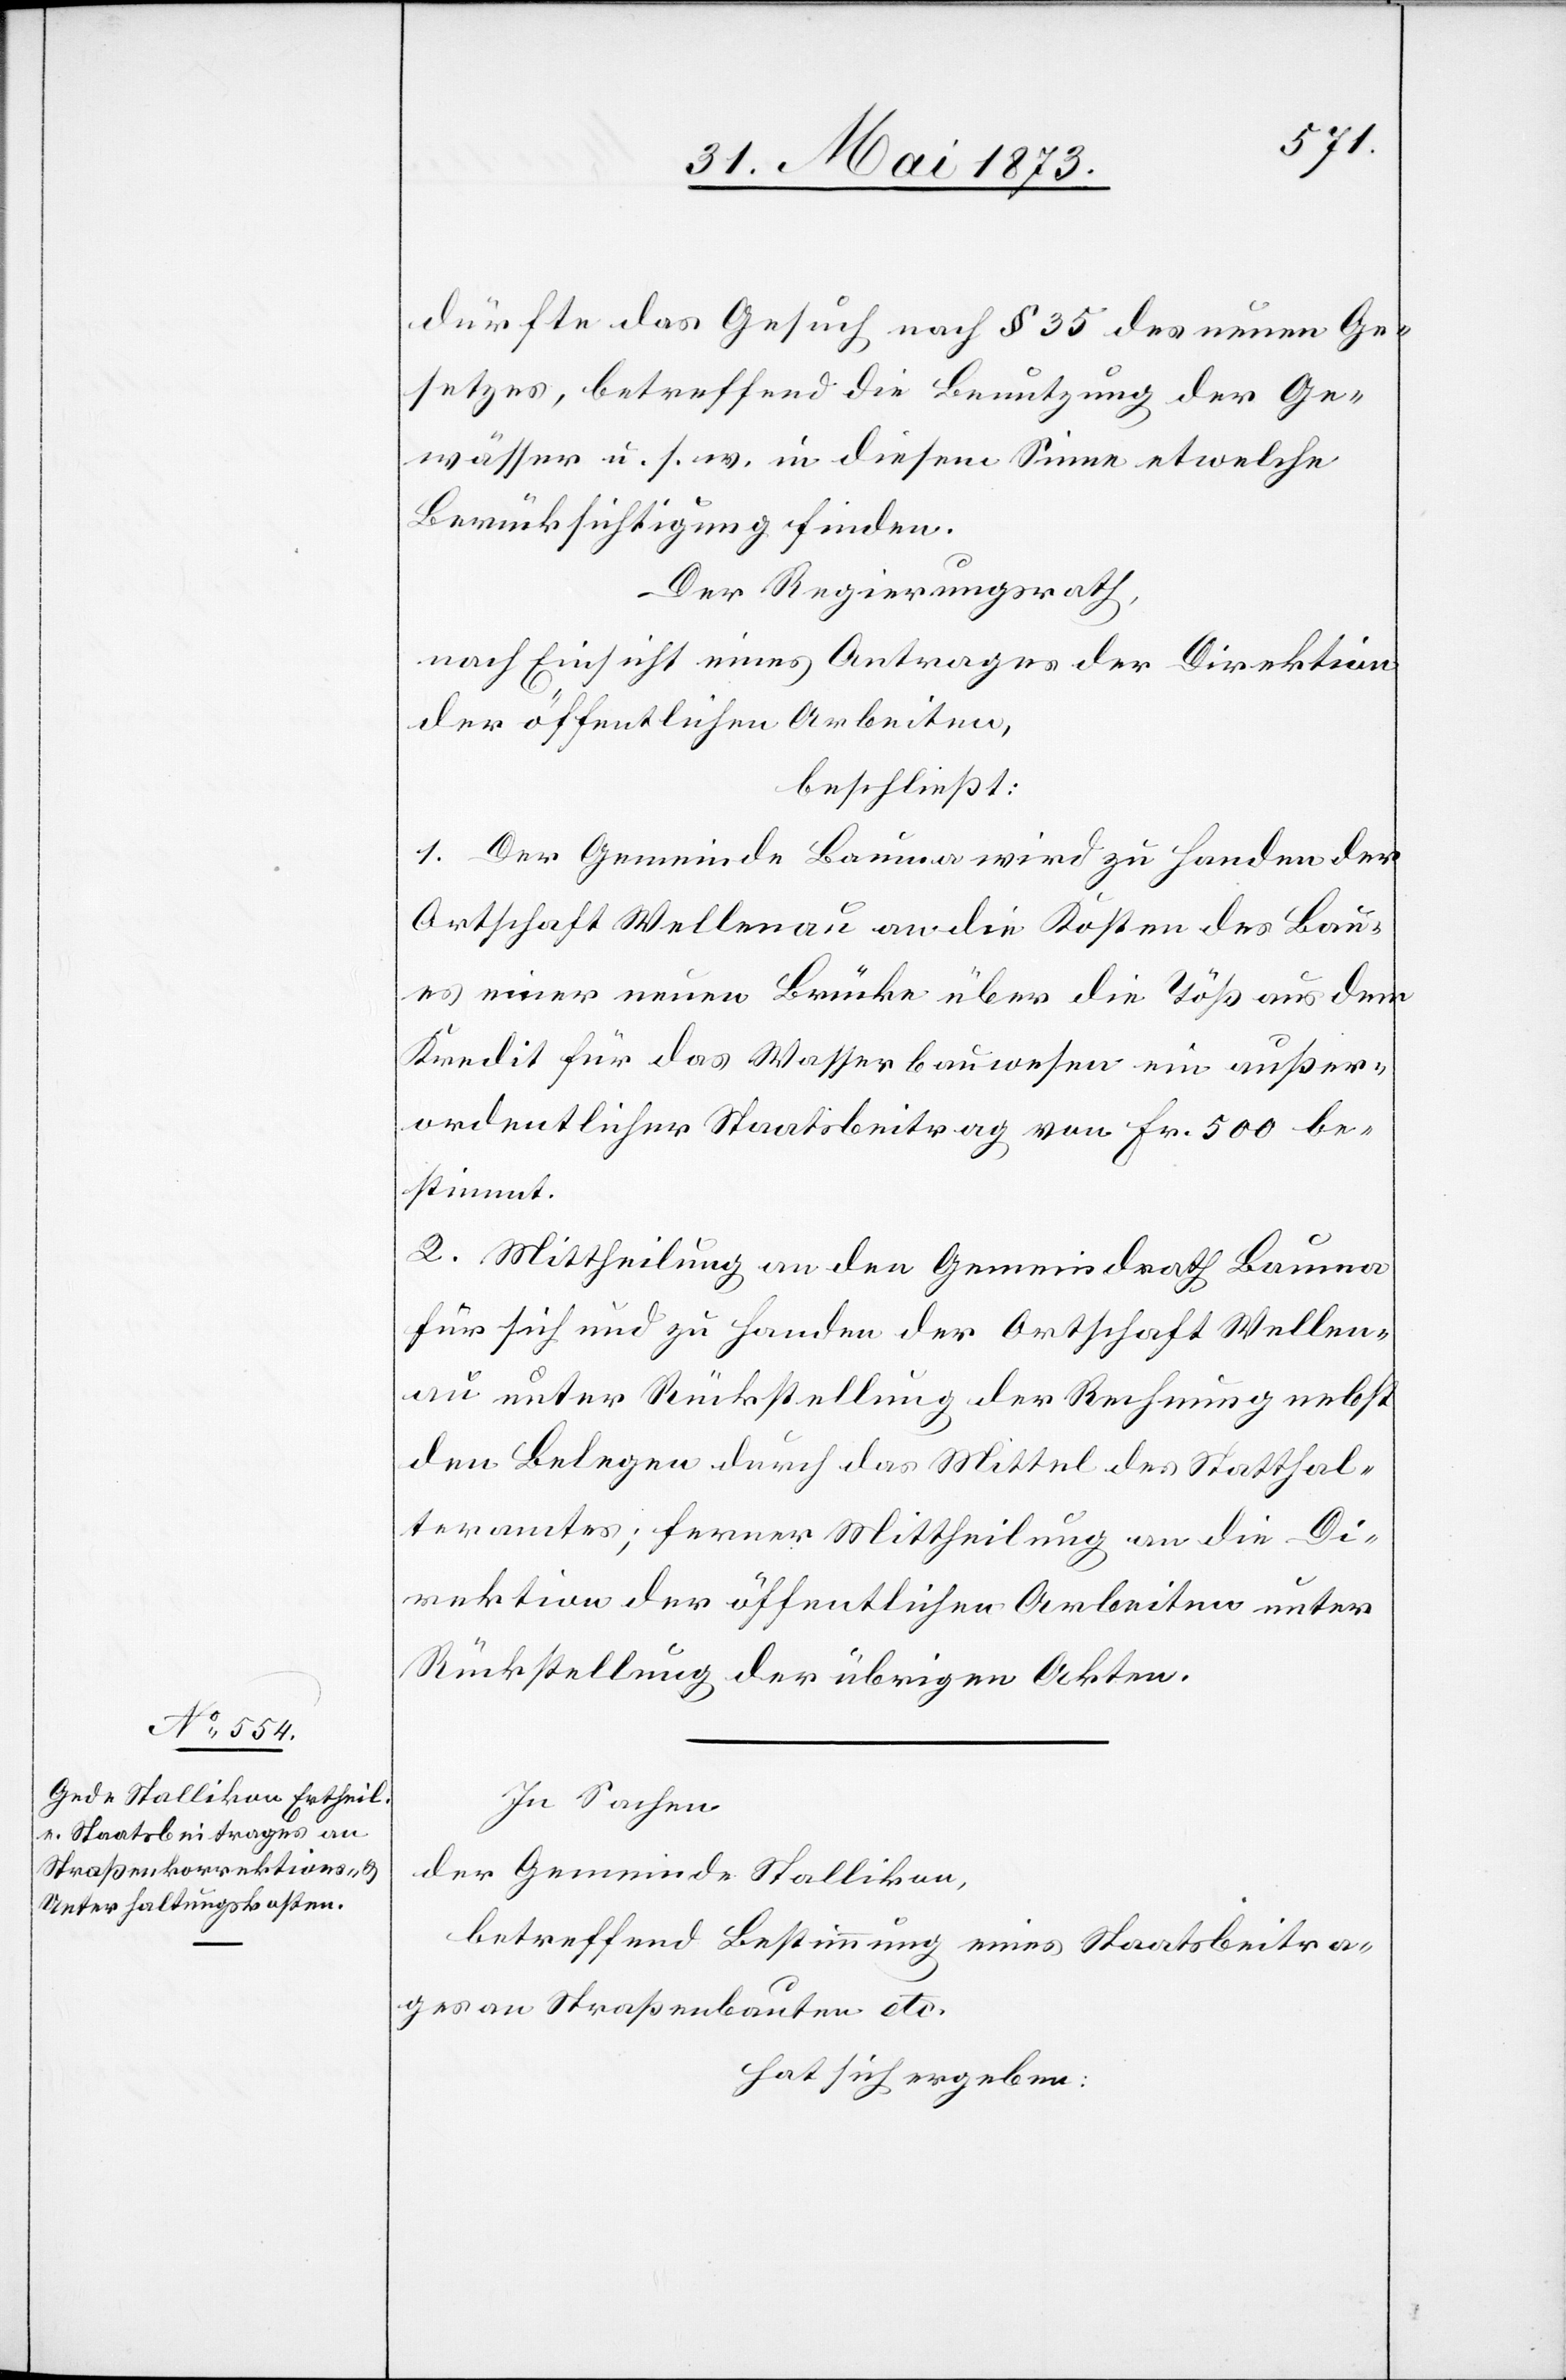
dürfte das Gesuch nach § 35 des neuen Ge¬
setzes, betreffend die Benutzung der Ge¬
wässer u. s. w. in diesem Sinne etwelche
Berücksichtigung finden.
Der Regierungsrath,
nach Einsicht eines Antrages der Direktion
der öffentlichen Arbeiten,
beschließt:
1. Der Gemeinde Bauma wird zu Handen der
Ortschaft Wellenau an die Kosten des Bau¬
es einer neuen Brücke über die Töß aus dem
Kredit für das Wasserbauwesen ein außer¬
ordentlicher Staatsbeitrag von Fr. 500 be¬
stimmt.
2. Mittheilung an den Gemeindrath Bauma
für sich und zu Handen der Ortschaft Wellen¬
au unter Rückstellung der Rechnung nebst
den Belegen durch das Mittel des Statthal¬
teramtes; ferner Mittheilung an die Di¬
rektion der öffentlichen Arbeiten unter
Rückstellung der übrigen Akten.
In Sachen
der Gemeinde Stallikon,
betreffend Bestimmung eines Staatsbeitra¬
ges an Straßenbauten etc.
hat sich ergeben: